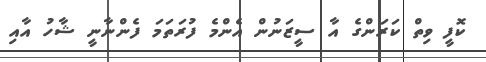
ކޮފީ ވިތް ކަރަންގެ އާ ސީޒަނުން އެންމެ ފުރަތަމަ ފެންނާނީ ޝާހު އާއި